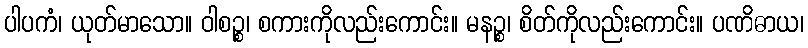
ပါပကံ၊ ယုတ်မာသော။ ဝါစဉ္စ၊ စကားကိုလည်းကောင်း။ မနဉ္စ၊ စိတ်ကိုလည်းကောင်း။ ပဏိဓာယ၊